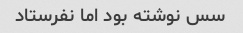
سس نوشته بود اما نفرستاد